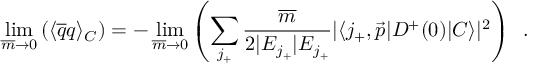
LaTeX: \operatorname * { l i m } _ { \overline { { { m } } } \to 0 } \left( \langle \overline { { { q } } } q \rangle _ { C } \right) = - \operatorname * { l i m } _ { \overline { { { m } } } \to 0 } \left( \sum _ { j _ { + } } \frac { \overline { { { m } } } } { 2 | E _ { j _ { + } } | E _ { j _ { + } } } | \langle j _ { + } , \vec { p } | D ^ { + } ( 0 ) | C \rangle | ^ { 2 } \right) \; \; .